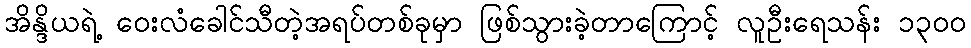
အိန္ဒိယရဲ့ ဝေးလံခေါင်သီတဲ့အရပ်တစ်ခုမှာ ဖြစ်သွားခဲ့တာကြောင့် လူဦးရေသန်း ၁၃၀၀